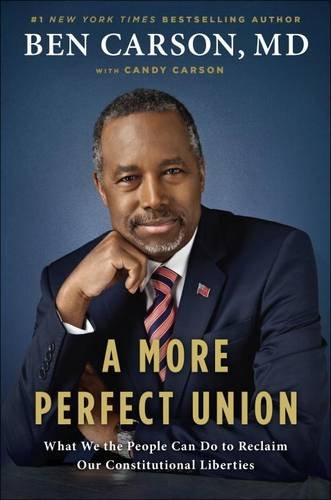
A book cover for A More Perfect Union: What We the People Can Do to Reclaim Our Constitutional Liberties; Ben Carson M.D.; Politics & Social Sciences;